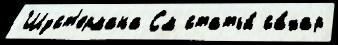
Шуст'ермана См статьи́ са́хар